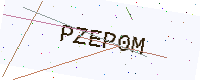
Text: PZEP0M